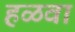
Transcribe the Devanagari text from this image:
हळवा